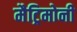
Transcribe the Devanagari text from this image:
मैट्रिमोनी